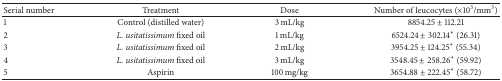
<table><thead><tr><td><b>Serial number</b></td><td><b>Treatment</b></td><td><b>Dose</b></td><td><b>Number of leucocytes (×10<sup>3</sup>/mm<sup>3</sup>)</b></td></tr></thead><tbody><tr><td>1</td><td>Control (distilled water)</td><td>3 mL/kg</td><td>8854.25 ± 112.21</td></tr><tr><td>2</td><td><i>L. usitatissimum</i> fixed oil</td><td>1 mL/kg</td><td>6524.24 ± 302.14* (26.31)</td></tr><tr><td>3</td><td><i>L. usitatissimum</i> fixed oil</td><td>2 mL/kg</td><td>3954.25 ± 124.25* (55.34)</td></tr><tr><td>4</td><td><i>L. usitatissimum</i> fixed oil</td><td>3 mL/kg</td><td>3548.45 ± 258.26* (59.92)</td></tr><tr><td>5</td><td>Aspirin</td><td>100 mg/kg</td><td>3654.88 ± 222.45* (58.72)</td></tr></tbody></table>